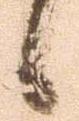
候